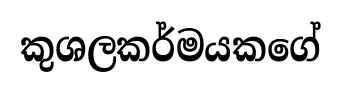
කුශලකර්මයකගේ